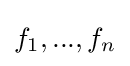
f_{1},...,f_{n}